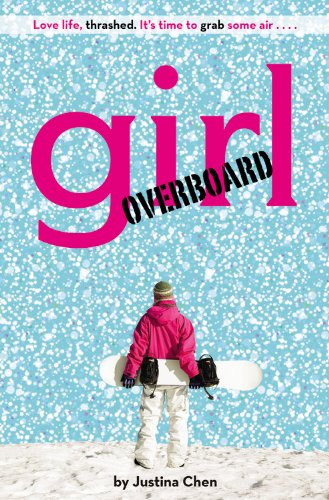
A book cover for Girl Overboard (A Justina Chen Novel); Justina Chen; Children's Books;